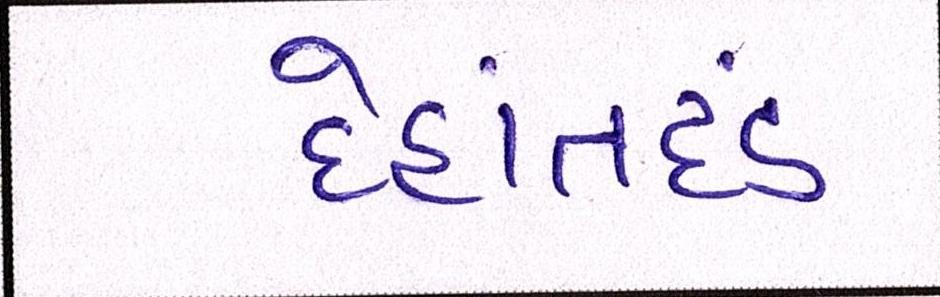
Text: દેહાંતદંડ